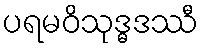
ပရမဝိသုဒ္ဓဒဿီ